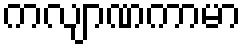
ကလျာဏကာမာ